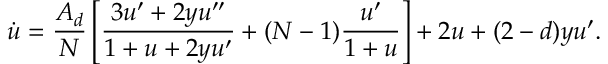
\dot { u } = \frac { A _ { d } } { N } \left[ \frac { 3 u ^ { \prime } + 2 y u ^ { \prime \prime } } { 1 + u + 2 y u ^ { \prime } } + ( N - 1 ) \frac { u ^ { \prime } } { 1 + u } \right] + 2 u + ( 2 - d ) y u ^ { \prime } .